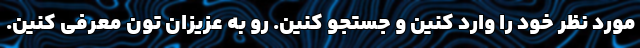
مورد نظر خود را وارد کنین و جستجو کنین. رو به عزیزان تون معرفی کنین.